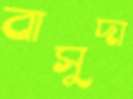
বাসুদা